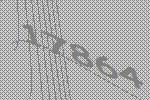
17864